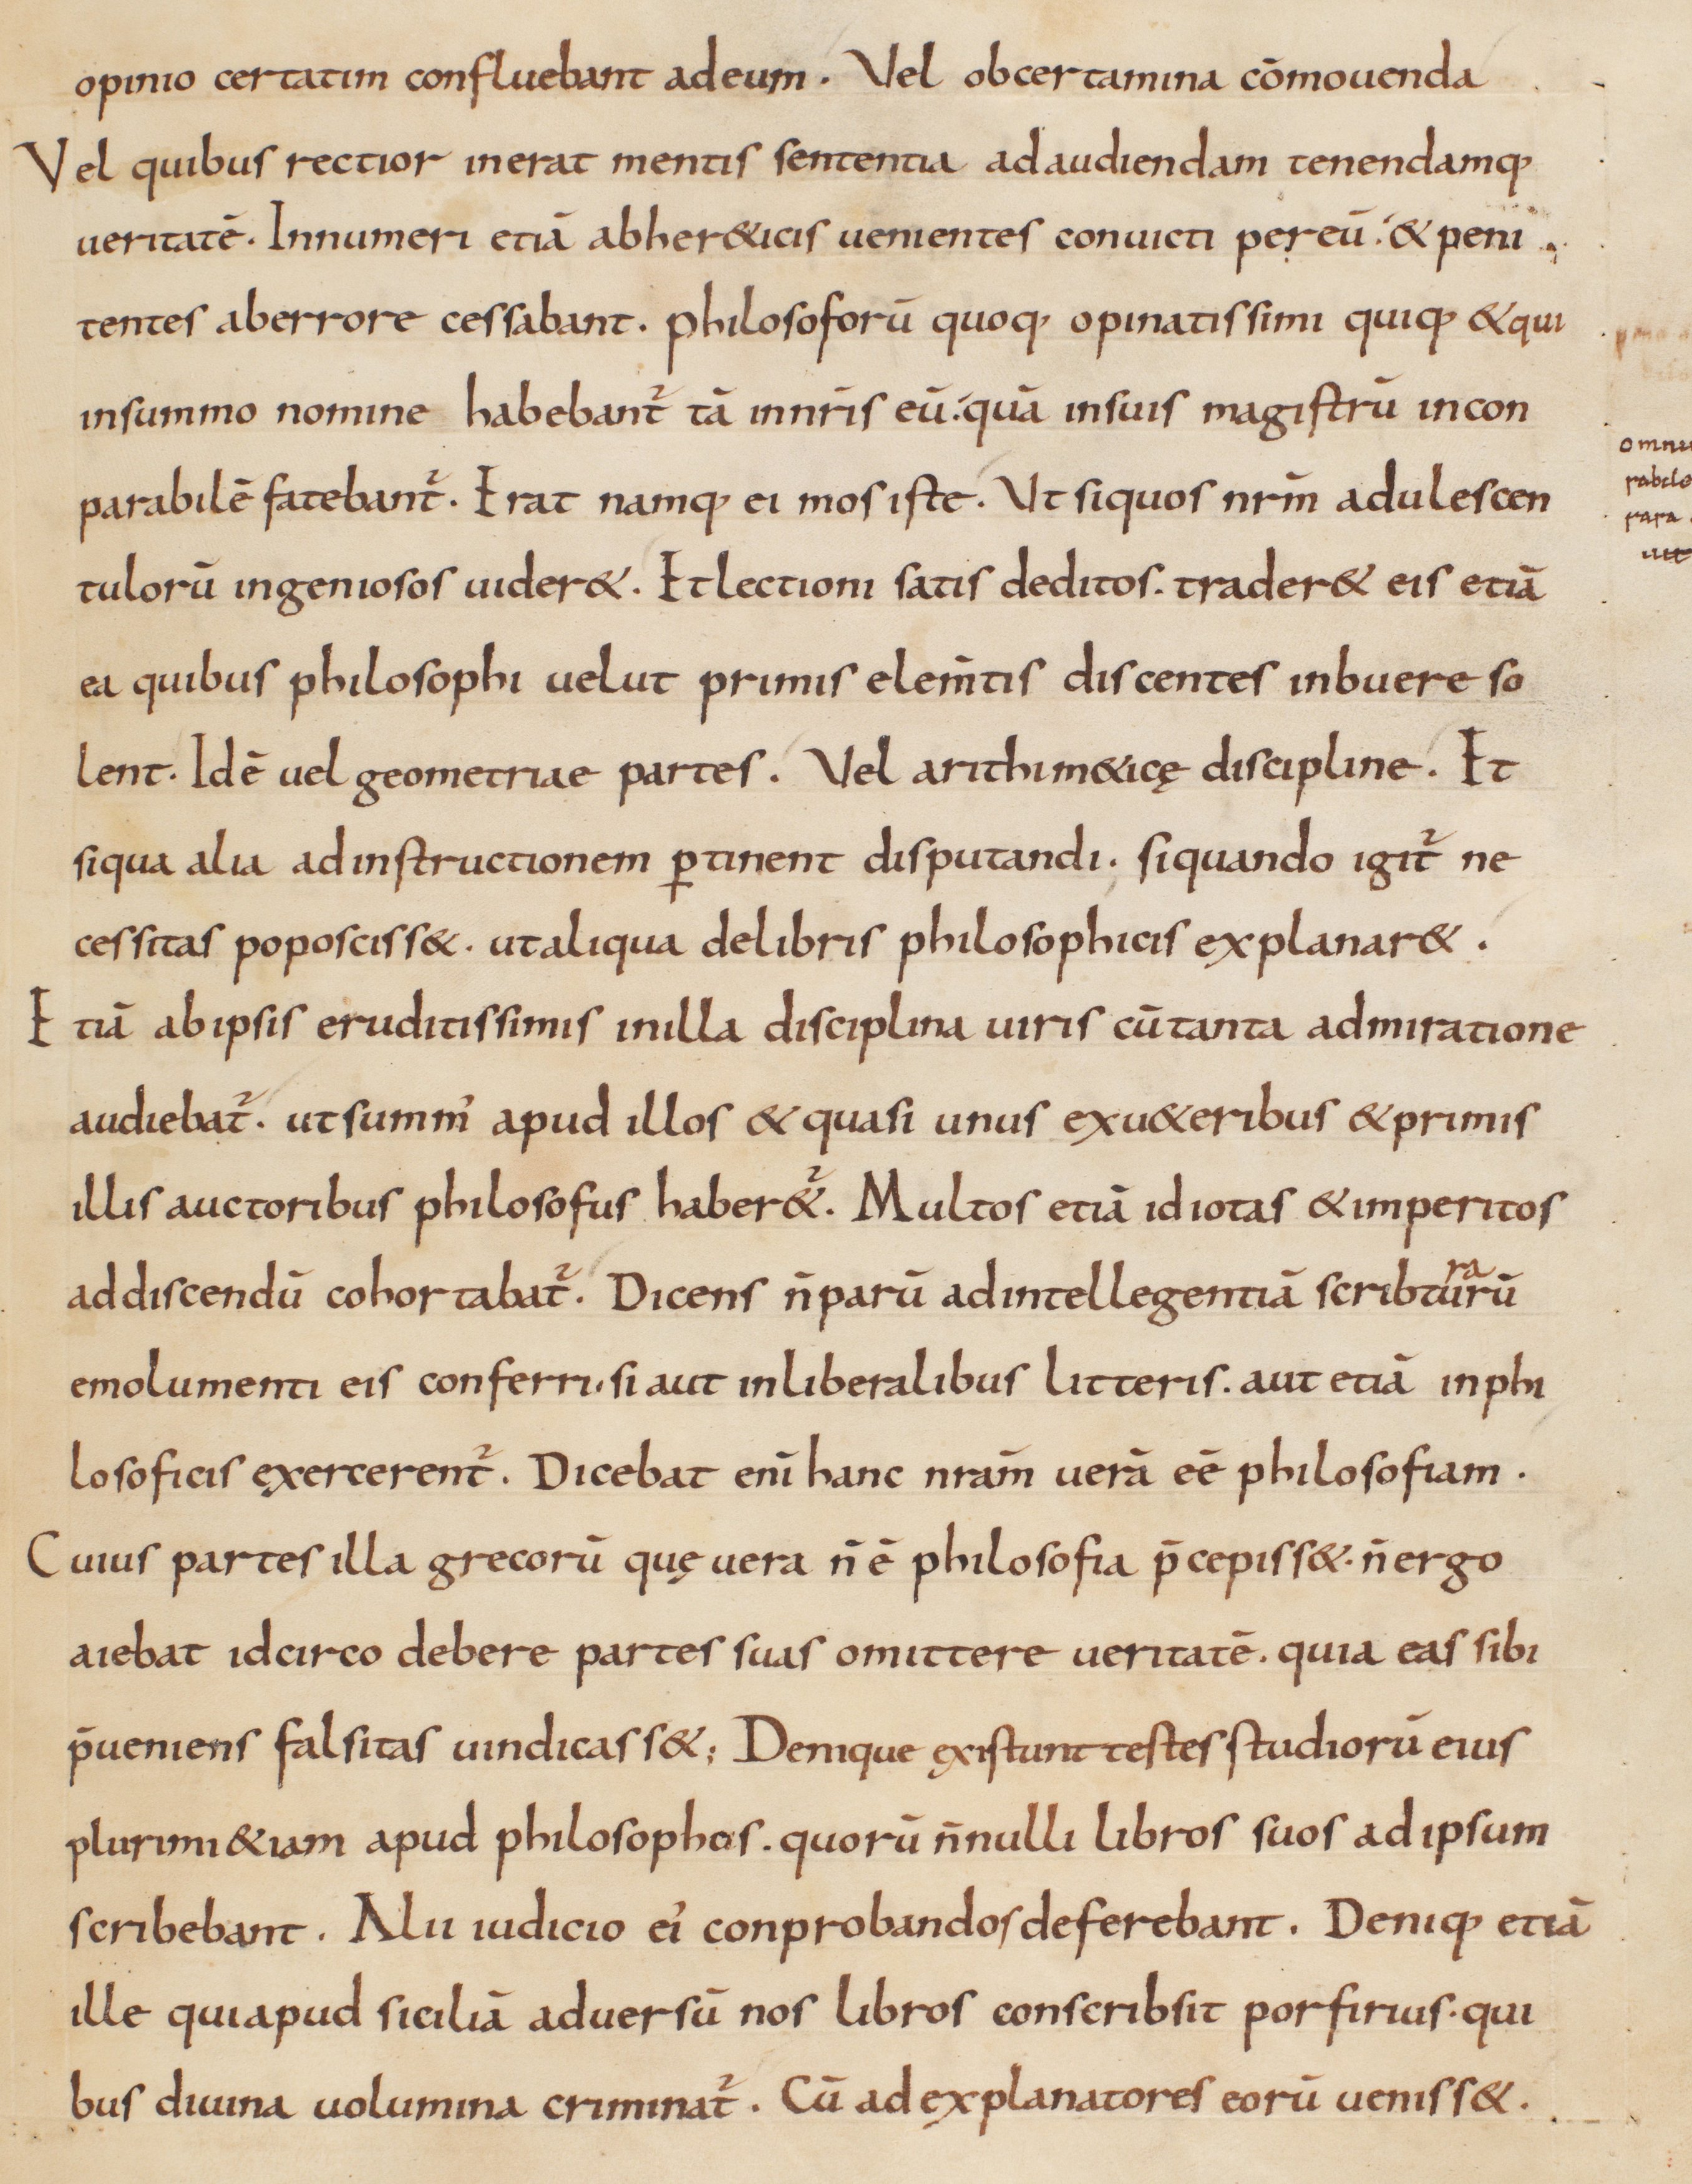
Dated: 833–865